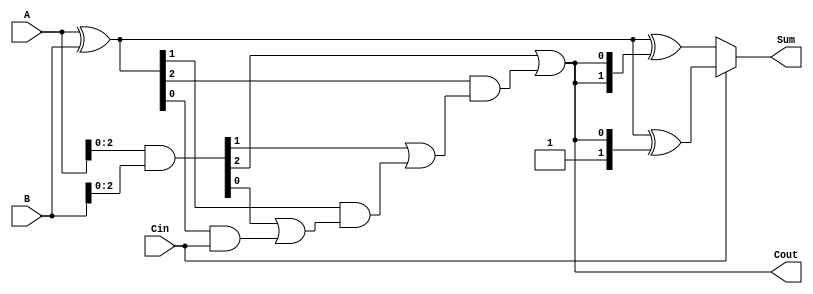
module CSPA #(parameter N = 4) (
    input  [N-1:0] A, 
    input  [N-1:0] B, 
    input         Cin,
    output [N-1:0] Sum,
    output        Cout
);

    // Generate and Propagate signals
    wire [N-1:0] G; // Generate
    wire [N-1:0] P; // Propagate
    wire [N:0] C;   // Carry signals

    // Generate and Propagate calculations
    assign G = A & B;            // G[i] = A[i] & B[i]
    assign P = A ^ B;            // P[i] = A[i] ^ B[i]

    // Carry calculation using prefix logic
    genvar i;
    generate
        for (i = 0; i < N; i = i + 1) begin : carry_computation
            if (i == 0) begin
                assign C[i] = Cin;
            end else begin
                assign C[i] = G[i-1] | (P[i-1] & C[i-1]);
            end
        end
    endgenerate

    // Carry Select Logic
    wire [N-1:0] Sum0; // Sum when Cin = 0
    wire [N-1:0] Sum1; // Sum when Cin = 1

    // Sum calculations for both cases
    assign Sum0 = A ^ B ^ {C[N-1], C[N-1:N-1]}; // Sum when Cin = 0
    assign Sum1 = A ^ B ^ {1'b1, C[N-1:N-1]};   // Sum when Cin = 1

    // Select the correct sum based on the carry-in
    assign Sum = Cin ? Sum1 : Sum0;

    // Final carry-out
    assign Cout = C[N-1];

endmodule